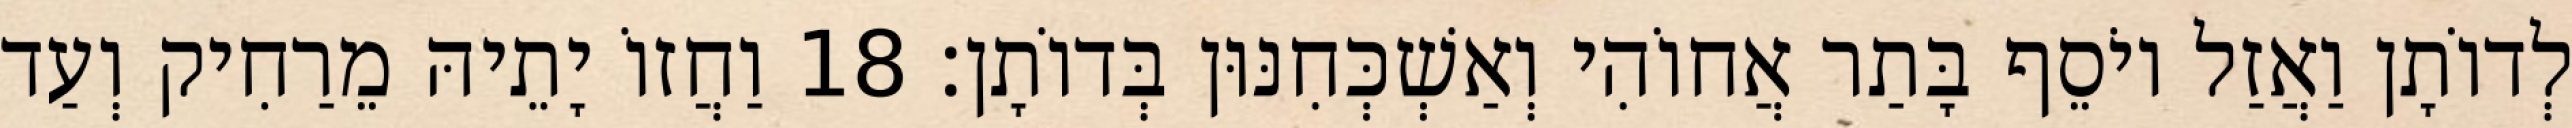
לְדוֹתָן וַאֲזַל יוֹסֵף בָּתַר אֲחוֹהִי וְאַשְׁכְּחִנּוּן בְּדוֹתָן׃ 18 וַחֲזוֹ יָתֵיהּ מֵרַחִיק וְעַד